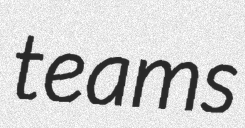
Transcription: teams